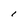
Character: 1